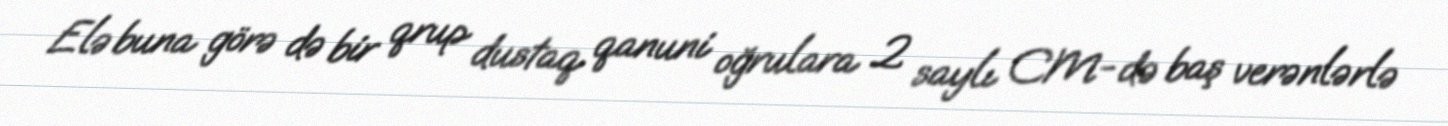
Elə buna görə də bir qrup dustaq qanuni oğrulara 2 saylı CM-də baş verənlərlə